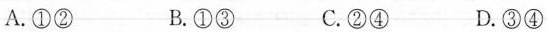
A.①② B.①③ C.②④ D.③④